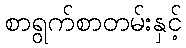
စာရွက်စာတမ်းနှင့်